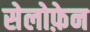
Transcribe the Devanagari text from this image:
सेलोफ़ेन